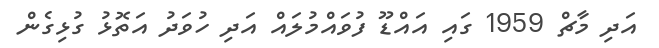
އަދި މާޗް 1959 ގައި އައްޑޫ ފުވައްމުލައް އަދި ހުވަދު އަތޮޅު ގުޅިގެން